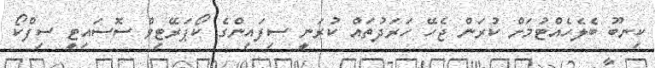
ކިނބޫ ބެލެހެއްޓުމަށް ކުރަން ޖެހޭ ހަރަދުތައް ކުރަނީ ސިފައިންގެ ކޯޕަރޭޓިވް ސޮސައިޓީ ސިފްކޯ